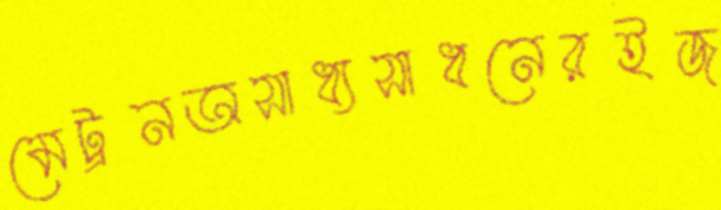
মেট্রনঅসাধ্যসাধনেরইজ